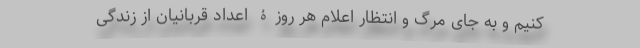
کنیم و به جای مرگ و انتظارِ اعلام هر روزۀ اعداد قربانیان از زندگی